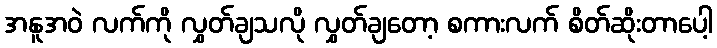
အနူအဝဲ လက်ကို လွှတ်ချသလို လွှတ်ချတော့ စကားလက် စိတ်ဆိုးတာပေါ့